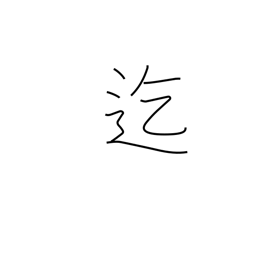
Meaning: until